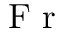
\textrm { F r }